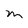
Character: m